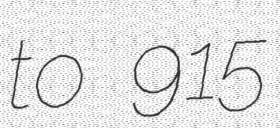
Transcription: to 915